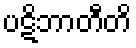
ပဋိဘာတီတိ